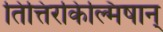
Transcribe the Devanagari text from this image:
तित्तिरकिल्मिषान्